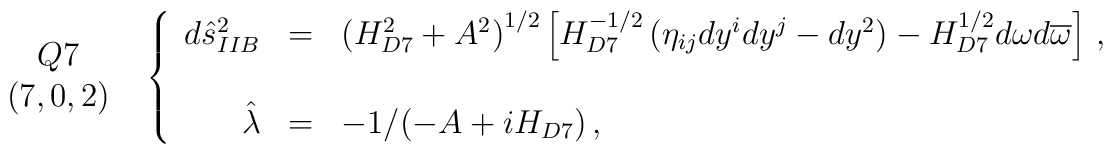
\begin{array}{c}Q7\\(7,0,2)\\\end{array}\,\,\,\left\{\begin{array}{rcl}d\hat{s}^{2}_{IIB} & = & \left(H_{D7}^{2}+A^{2}\right)^{1/2}\left[H_{D7}^{-1/2}\left( \eta_{ij}dy^{i}dy^{j} -dy^{2}\right)-H_{D7}^{1/2}d\omega d\overline{\omega}\right]\, ,\\& & \\\hat{\lambda} & = & -1/(-A +iH_{D7})\, ,\\\end{array}\right.